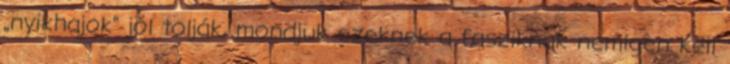
„nyikhajok” jól tolják, mondjuk ezeknek a fasziknak nemigen kell